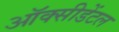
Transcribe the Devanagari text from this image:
ऑक्‍सीडेंटल